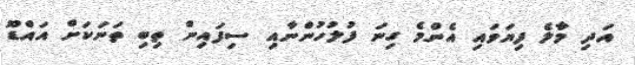
އަދި މާލެ ފިޔަވައި އެންމެ ގިނަ ފުލުހުންނާއި ސިފައިން ތިބި ތަނަކަށް އައްޑޫ